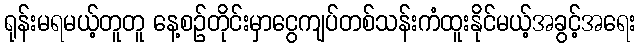
ရုန်းမရမယ့်တူတူ နေ့စဉ်တိုင်းမှာငွေကျပ်တစ်သန်းကံထူးနိုင်မယ့်အခွင့်အရေး